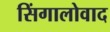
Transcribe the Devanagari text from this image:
सिंगालोवाद